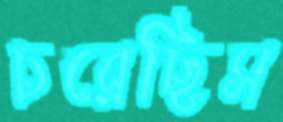
চরেছিস